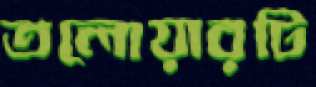
তলোয়ারটি